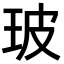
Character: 玻